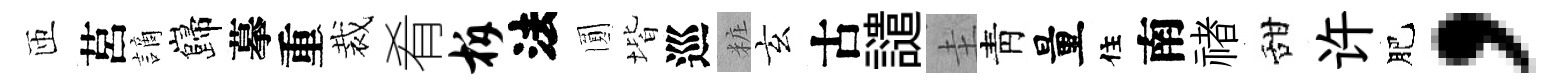
匝莒謫巋摹重裁肴柝法圎堦巡粧玄古譴圭靑量住南禇甜许肥，